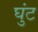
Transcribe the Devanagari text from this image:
घुंट